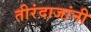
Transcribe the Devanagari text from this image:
तीरंदाजांनी